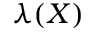
\lambda ( X )